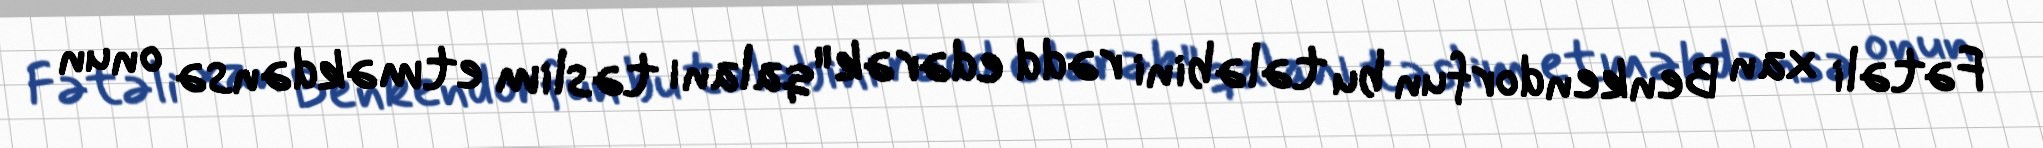
Fətəli xan Benkendorfun bu tələbini rədd edərək "qalanı təslim etməkdənsə onun